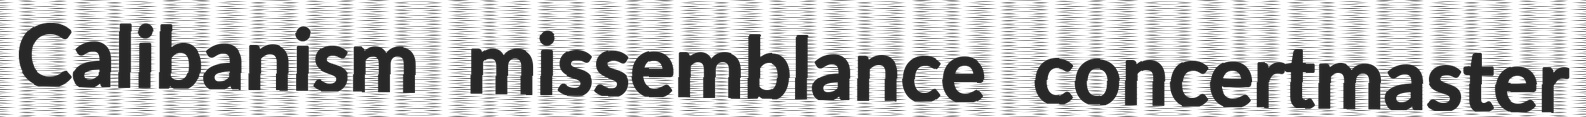
Calibanism missemblance concertmaster